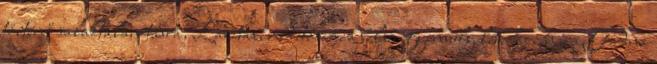
történő salaktalanításra, Lazítás, meditáció, a belső egyensúly létrehozására. Gadna